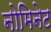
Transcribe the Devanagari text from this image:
नोमिनेट